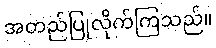
အတည်ပြုလိုက်ကြသည်။